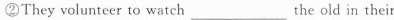
②They volunteer to watch___the old in their